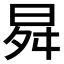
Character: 曻